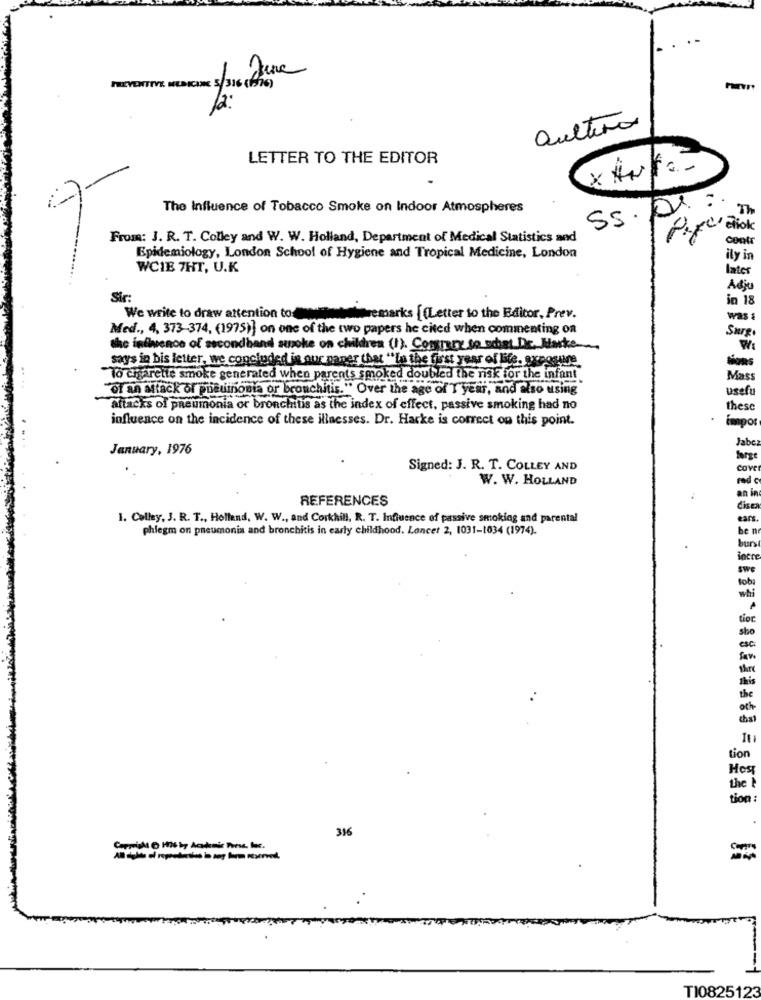
PREVENTIVE MEDICINE 5/316 (1995)
aultiro
LETTER TO THE EDITOR
The Influence of Tobacco Smoke on Indoor Atmospheres
55.
Th
From: J. R. T. Colley and W. W. Holland, Department of Medical Statistics and
contr
Epidemiology, London School of Hygiene and Tropical Medicine, London
ily in
WCIE 7HT, U.K
later
Adju
Sir
in 18
We write to draw attention todate
aremarks [Letter to the Editor, Prev.
Was &
Med ., 4, 373-374, (1975)] on one of the two papers he cited when commenting on
Surg.
the influence of secondhand suoke on children (1). Contrary to schat De, Marke-
W
says in bis letter, we concluded in our naner that "La the first year of life, sxpogive
Sous
To cigarette smoke generated when parents smoked doubled the risk for the infant
Mass
of an attack of pneumonia or bronchitis." Over the age of T year, and Also using"
usefu
attacks of pneumonia or bronchitis as the index of effect, passive smoking had no
these
influence on the incidence of these illnesses. Dr. Harke is correct on this point.
impor
Jabe:
January, 1976
farge
Signed: J. R. T. COLLEY AND
COVE
W. W. HOLLAND
red c
REFERENCES
an in
dise
1. Colley, J. R. T ., Holland, W. W ., and Corkhill, R. T. Influence of passive smoking and parental
phlegm on pneumonia and bronchitis in early childhood. Lancet 2, 1031-1034 (1974).
ben
burs
tior.
sho
thrc
the
och
chat
tion
Host
the
tion:
316
TI0825123